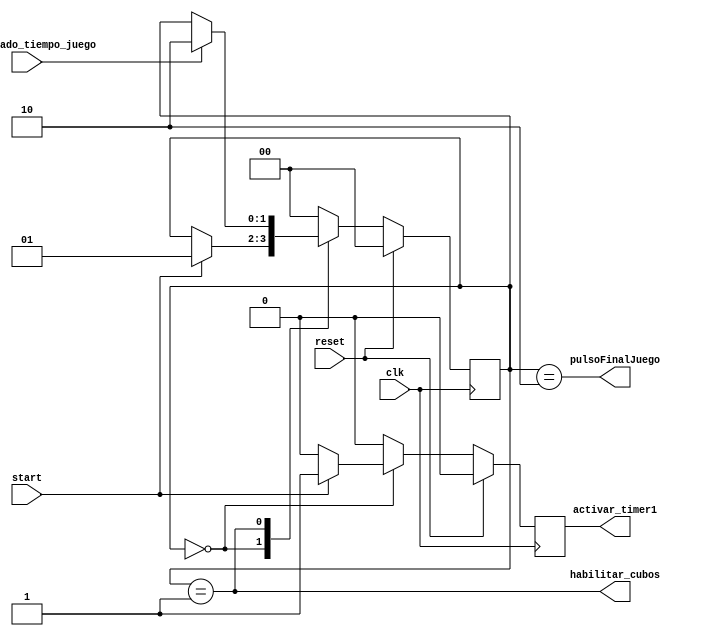
`timescale 1ns / 1ps
//////////////////////////////////////////////////////////////////////////////////

module control_cubos(
    input clk,
    input reset,
	 input start, 
	 input finalizado_tiempo_juego,
	 output activar_timer1,
	 output habilitar_cubos,
	 output pulsoFinalJuego
    );

	localparam		E_INICIO				= 0,
						E_PRIMER_LAPSO 	= 1,
						E_FINAL				= 2;
						
	reg [1:0] e_actual, e_siguiente;
	
	reg activar_timer1_reg, activar_timer1_buff;
	
	always @(posedge clk)
		begin
			if(reset)
				begin
					e_actual <= E_INICIO;
					activar_timer1_reg <= 0;
				end
			else
				begin
					e_actual <= e_siguiente;
					activar_timer1_reg <= activar_timer1_buff;
				end
		end
		
	always @(*)
		begin
			e_siguiente = e_actual;
			activar_timer1_buff = 0;
			case(e_actual)
				
				E_INICIO:
					begin
						if(start)
							begin
								e_siguiente = E_PRIMER_LAPSO;
								activar_timer1_buff = 1;
							end
					end
				
				E_PRIMER_LAPSO:
					begin	
						if(finalizado_tiempo_juego)
							begin
								e_siguiente = E_FINAL;
							end
					end
				E_FINAL:
					begin
						e_siguiente = E_INICIO;
					end				
				default:
					begin
						e_siguiente = E_INICIO;
					end
			endcase
		end
		

	assign activar_timer1 = activar_timer1_reg;
	assign habilitar_cubos = e_actual == E_PRIMER_LAPSO;
	assign pulsoFinalJuego = e_actual == E_FINAL;

endmodule